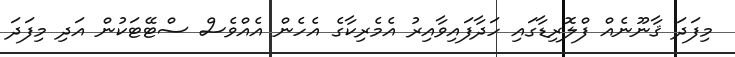
މިފަދަ ޤާނޫނެއް ފްލޮރިޑާގައި ހަދާފައިވާއިރު އެމެރިކާގެ އެހެން އެއްވެސް ސްޓޭޓަކުން އަދި މިފަދަ